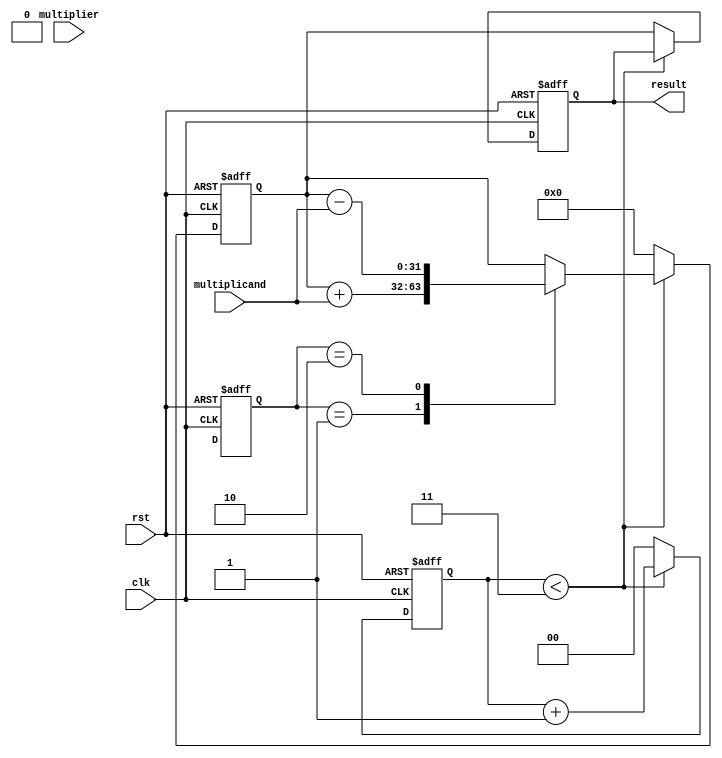
module booth_multiplier(
  input [15:0] multiplicand,
  input [15:0] multiplier,
  input clk,
  input rst,
  output reg [31:0] result
);

reg [31:0] partial_product;
reg [3:0] multiplier_reg;
reg [4:0] control_signal;
reg [1:0] accumulator;

always @(posedge clk or posedge rst) begin
  if (rst) begin
    partial_product <= 0;
    multiplier_reg <= {4{1'b0}};
    control_signal <= 0;
    accumulator <= 0;
    result <= 0;
  end else begin
    // Booth encoding scheme
    multiplier_reg <= {multiplier_reg[14:0], multiplier_reg[15]};
    control_signal <= multiplier_reg[15:12];

    // Shift and add operations
    case(control_signal)
      4'b0000: begin // no operation
      end
      4'b0001: begin // add multiplicand
        partial_product <= partial_product + (multiplicand << 0);
      end
      4'b0010: begin // subtract multiplicand
        partial_product <= partial_product - (multiplicand << 0);
      end
      // add more cases for other Booth encoding values as needed
    endcase

    // Accumulate results until 4 clock cycles
    if (accumulator < 3) begin
      accumulator <= accumulator + 1;
    end else begin
      result <= partial_product;
      partial_product <= 0;
      accumulator <= 0;
    end
  end
end

endmodule